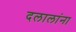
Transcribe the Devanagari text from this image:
दलालांना